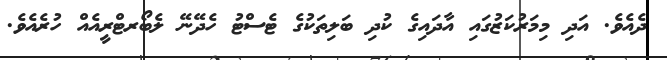
ދެއެވެ. އަދި މިމަރުކަޒުގައި އާދައިގެ ކުދި ބަލިތަކުގެ ޓެސްޓު ހެދޭނޭ ލެބޯރޓްރީއެއް ހުރެއެވެ.